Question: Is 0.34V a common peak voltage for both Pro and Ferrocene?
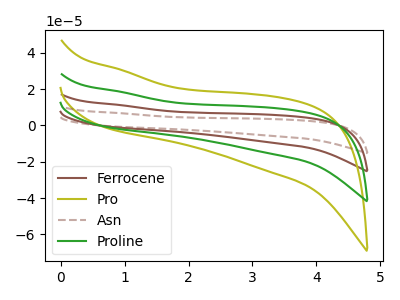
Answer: <think>The brown curve "Ferrocene" has no peaks. The olive curve "Pro" has no peaks. The brown dashed curve "Asn" has no peaks. The green curve "Proline" has no peaks.</think>
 <answer>No, "Pro" and "Ferrocene" dont share a peak at 0.34V.</answer>
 <eval>mismatch</eval>